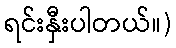
ရင်းနှီးပါတယ်။)